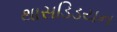
થાસડિડયન